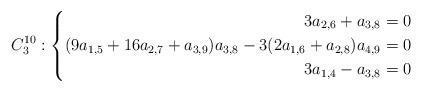
LaTeX: \begin{align*}C^{10}_3 : \left\{ \begin{aligned} 3 a_{2,6} + a_{3,8} &= 0 \\ (9 a_{1,5} + 16 a_{2,7} + a_{3,9} ) a_{3,8} - 3 (2 a_{1,6} + a_{2,8} ) a_{4,9} &= 0 \\ 3 a_{1,4} - a_{3,8} &= 0 \end{aligned} \right.\end{align*}